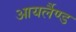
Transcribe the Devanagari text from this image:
आयर्लैण्ड